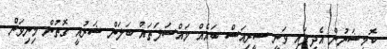
ކޮމިޝަނުން އެދިފައި ވަނީ ސީރިއަސް ބައެއް މައްސަލަތައް ބަލަން ޝަރުއީ ގޮތުން މިނިވަން